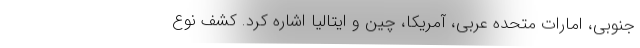
جنوبی، امارات متحده عربی، آمریکا، چین و ایتالیا اشاره کرد. کشف نوع